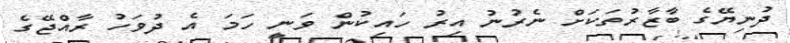
ދުނިޔޭގެ ބާޒާރުތަކަށް ނެރުނު އިރު ހައިކުން ވަނީ ހަމަ އެ ދުވަހު ރާއްޖޭގެ